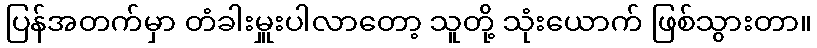
ပြန်အတက်မှာ တံခါးမှူးပါလာတော့ သူတို့ သုံးယောက် ဖြစ်သွားတာ။